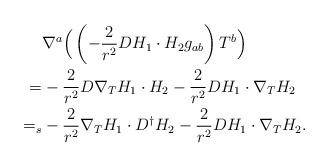
LaTeX: \begin{align*}&\nabla^a\Big(\left(-\frac{2}{r^2} D H_1\cdot H_2 g_{ab} \right)T^b\Big)\\=&-\frac{2}{r^2}D \nabla_T H_1\cdot H_2-\frac{2}{r^2}DH_1\cdot\nabla_T H_2\\=_s&-\frac{2}{r^2}\nabla_T H_1\cdot D^\dagger H_2-\frac{2}{r^2}DH_1\cdot\nabla_T H_2.\end{align*}